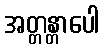
အတ္တန္တာပေါ